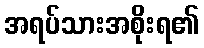
အရပ်သားအစိုးရ၏